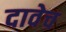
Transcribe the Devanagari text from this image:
दावेच